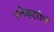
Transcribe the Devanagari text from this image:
एलेक्ट्रोनों